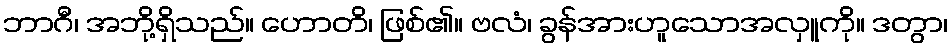
ဘာဂီ၊ အဘို့ရှိသည်။ ဟောတိ၊ ဖြစ်၏။ ဗလံ၊ ခွန်အားဟူသောအလှူကို။ ဒတွာ၊